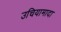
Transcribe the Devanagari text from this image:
उचियामादा